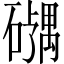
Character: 𪿹